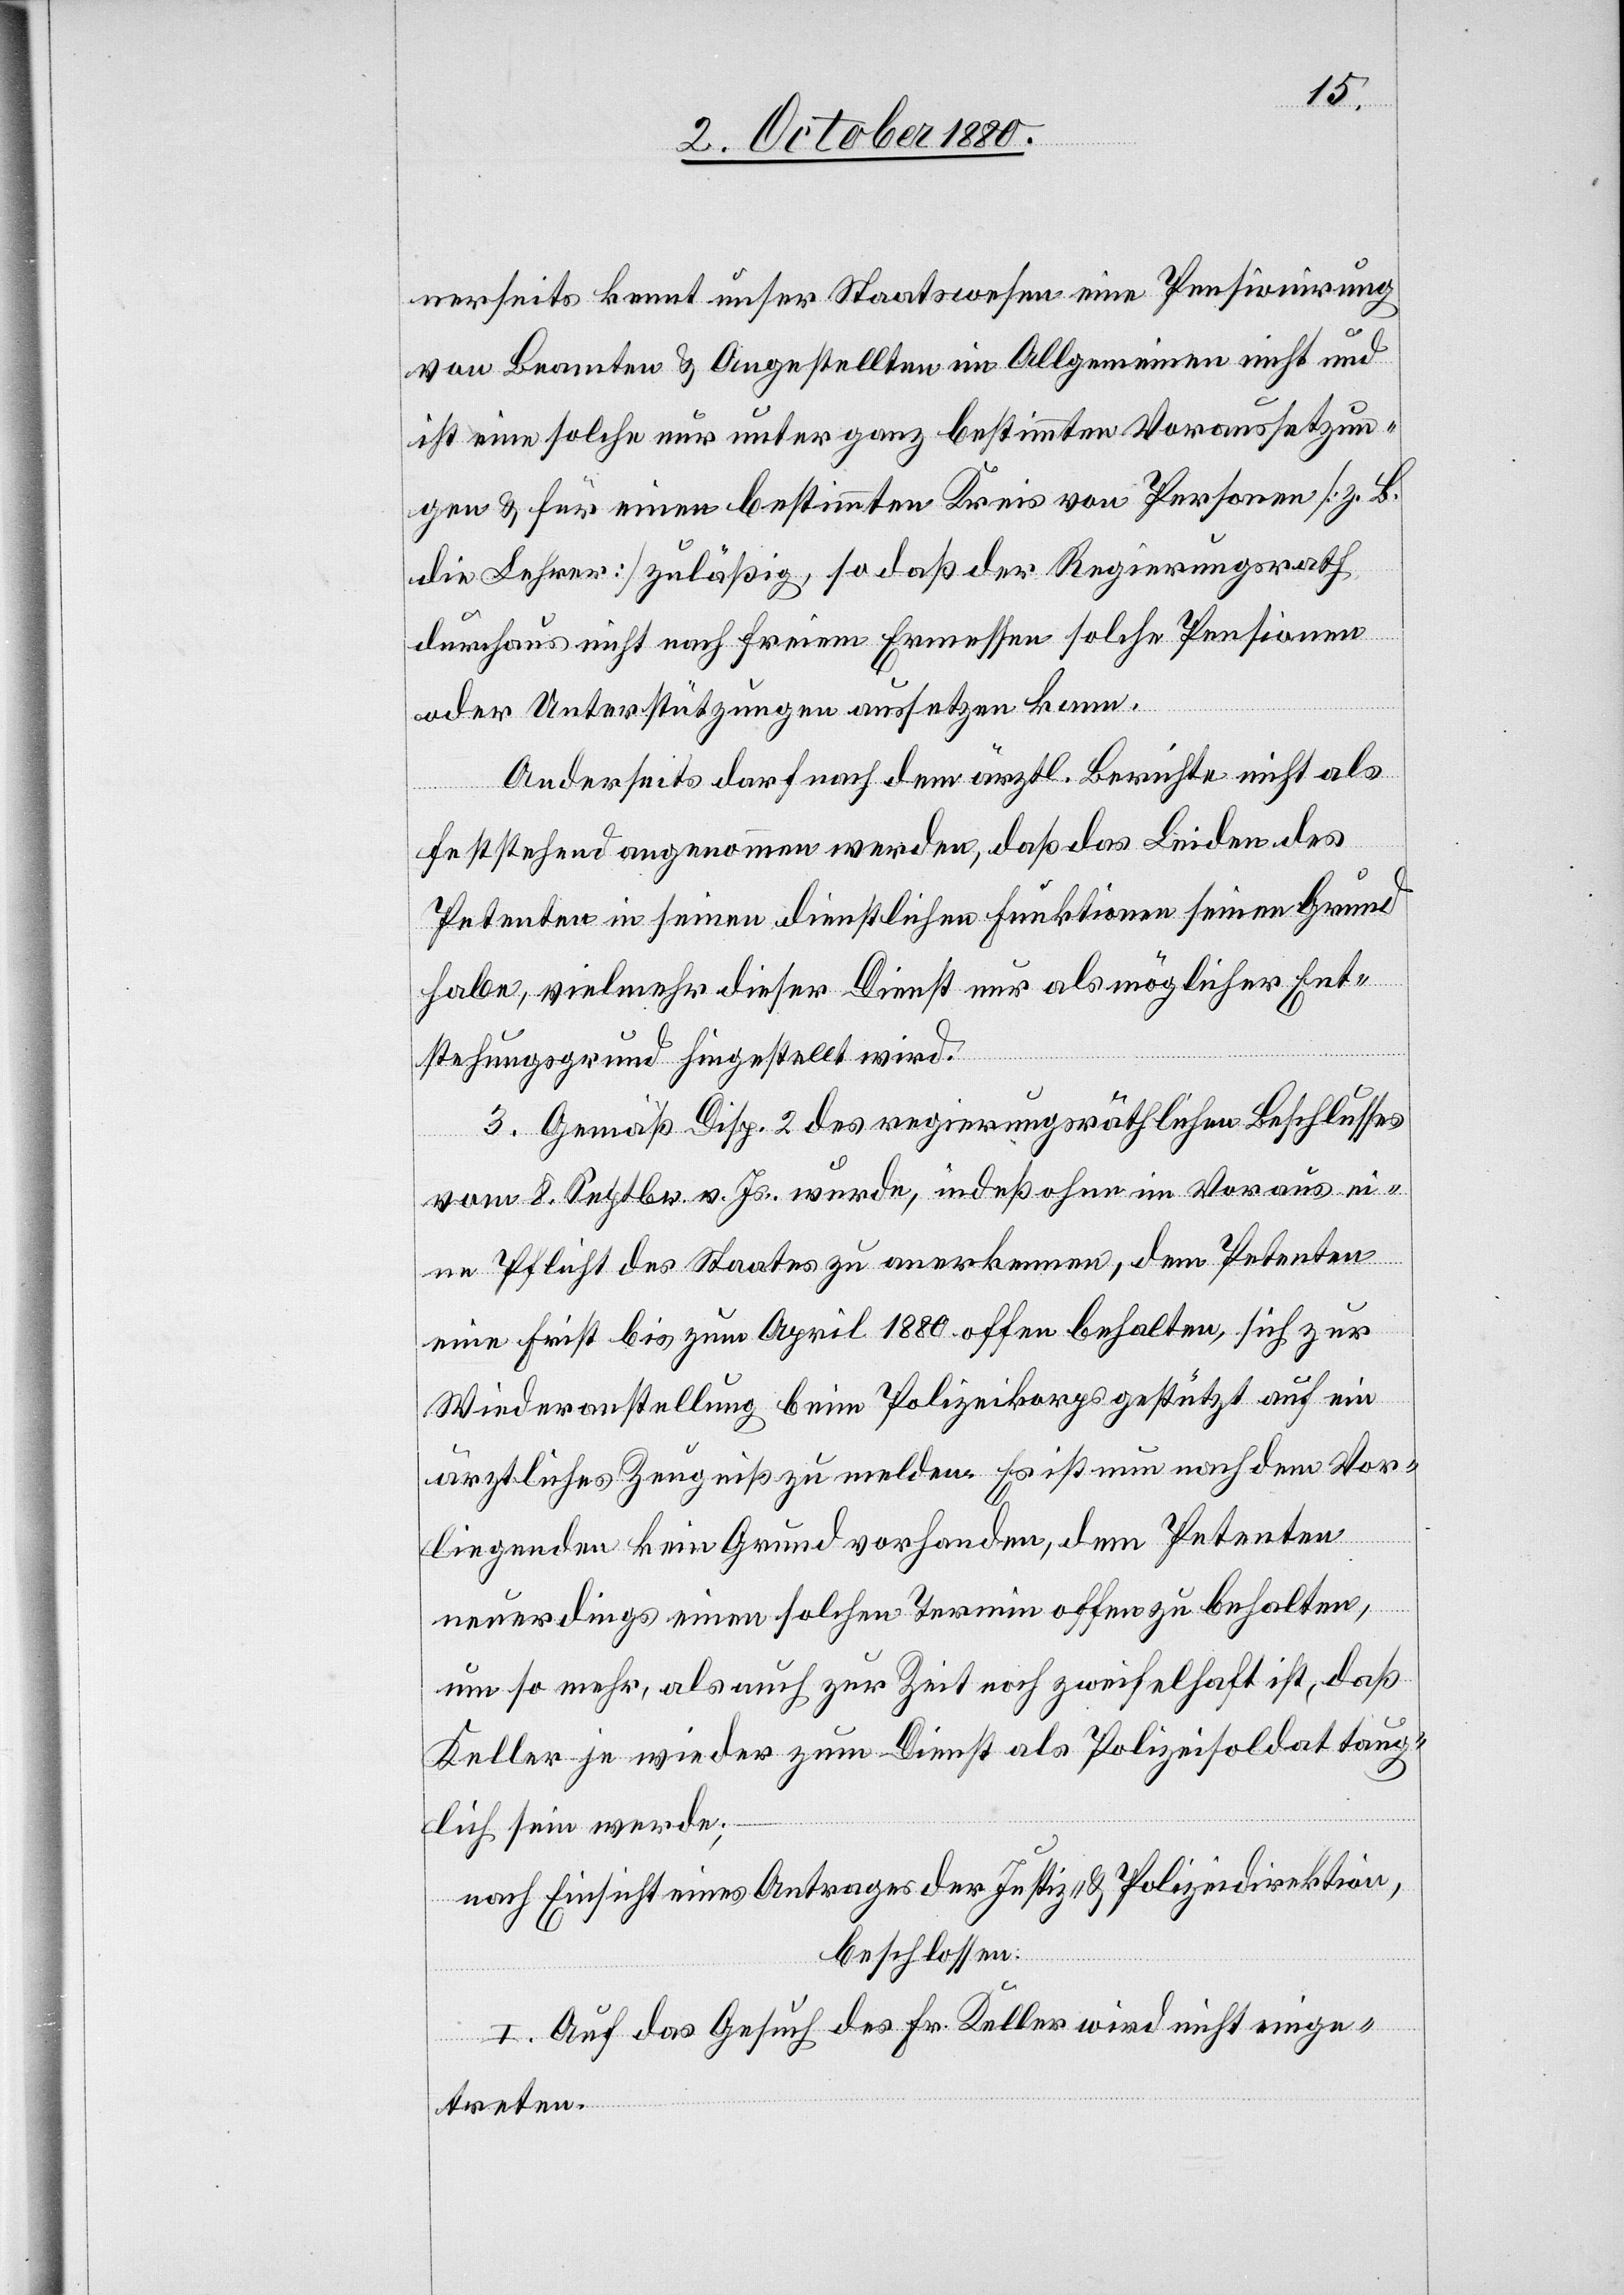
nerseits kennt unser Staatswesen eine Pensionirung
von Beamten & Angestellten im Allgemeinen nicht und
ist eine solche nur unter ganz bestimmten Voraussetzun¬
gen & für einen bestimmten Kreis von Personen [z. B.
die Lehrer] zuläßig, so daß der Regierungsrath
durchaus nicht nach freiem Ermessen solche Pensionen
oder Unterstützungen aussetzen kann.
Anderseits darf nach dem ärztl. Berichte nicht als
feststehend angenommen werden, daß das Leiden des
Petenten in seinen dienstlichen Funktionen seinen Grund
habe, vielmehr dieser Dienst nur als möglicher Ent¬
stehungsgrund hingestellt wird.
3. Gemäß Disp. 2 des regierungsräthlichen Beschlusses
vom 8. Septbr. v. Js. wurde, indeß ohne im Voraus ei¬
ne Pflicht des Staates zu anerkennen, dem Petenten
eine Frist bis zum April 1880 offen behalten, sich zur
Wiederanstellung beim Polizeikorps gestützt auf ein
ärztliches Zeugniß zu melden. Es ist nun nach dem Vor¬
liegenden kein Grund vorhanden, dem Petenten
neuerdings einen solchen Termin offen zu behalten,
um so mehr, als auch zur Zeit noch zweifelhaft ist, daß
Keller je wieder zum Dienst als Polizeisoldat taug¬
lich sein werde;
nach Einsicht eines Antrages der Justiz- & Polizeidirektion,
beschlossen:
I. Auf das Gesuch des Fr. Keller wird nicht einge¬
treten.